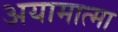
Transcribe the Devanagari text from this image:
अयामात्मा